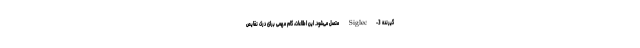
گیرنده Siglec-3 متصل می‌شود. این اطلاعات، گام مهمی برای درک نقایص